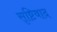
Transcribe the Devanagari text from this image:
सृष्टिवाद